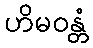
ဟိမဝန္တံ